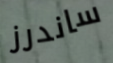
ساندرز